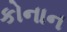
કોનાન